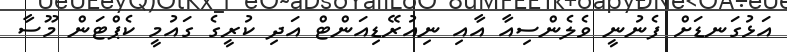
އަޅުގަނޑަށް ފެނުނީ ވެލެންސިއާ އާއި ނިއުރޭޑިއަންޓް އަދި ކުރީގެ ގައުމީ ކެޕްޓަން މޫސާ